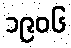
၁၉၀၆